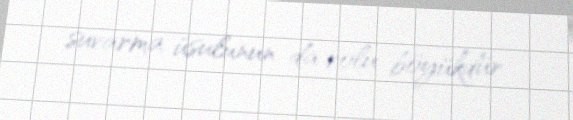
suvarma üsulunun da rolu böyükdür.